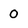
Character: 0